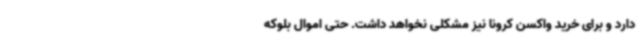
دارد و برای خرید واکسن کرونا نیز مشکلی نخواهد داشت. حتی اموال بلوکه